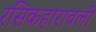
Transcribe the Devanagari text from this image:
रसिकहारावली